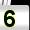
Digit: 5